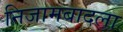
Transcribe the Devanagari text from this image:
निजामबादला